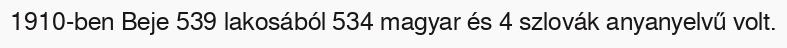
1910-ben Beje 539 lakosából 534 magyar és 4 szlovák anyanyelvű volt.